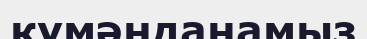
күмәнданамыз